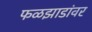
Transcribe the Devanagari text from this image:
फळझाडांवर